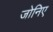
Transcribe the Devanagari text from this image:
जोनिए